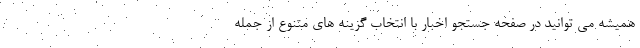
همیشه می توانید در صفحه جستجو اخبار با انتخاب گزینه های متنوع از جمله